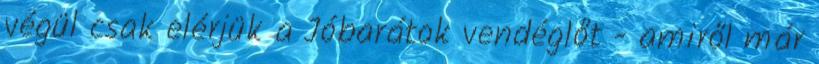
végül csak elérjük a Jóbarátok vendéglőt - amiről már